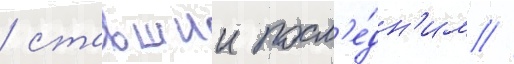
/ ставшии посл'е́дн'им //